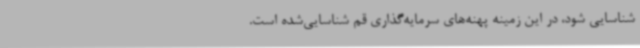
شناسایی شود، در این زمینه پهنه‌های سرمایه‌گذاری قم شناسایی‌شده است.